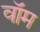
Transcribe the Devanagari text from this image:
वॉम